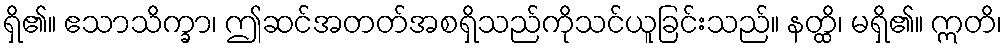
ရှိ၏။ ဧသာသိက္ခာ၊ ဤဆင်အတတ်အစရှိသည်ကိုသင်ယူခြင်းသည်။ နတ္ထိ၊ မရှိ၏။ ဣတိ၊